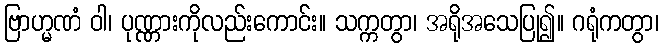
ဗြာဟ္မဏံ ဝါ၊ ပုဏ္ဏားကိုလည်းကောင်း။ သက္ကတွာ၊ အရိုအသေပြု၍။ ဂရုံကတွာ၊